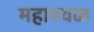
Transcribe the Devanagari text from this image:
महास्थळ